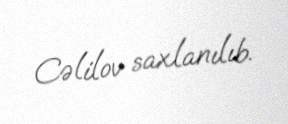
Cəlilov saxlanılıb.